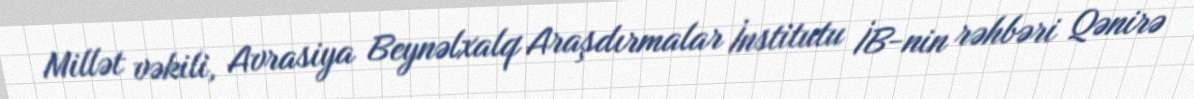
Millət vəkili, Avrasiya Beynəlxalq Araşdırmalar İnstitutu İB-nin rəhbəri Qənirə